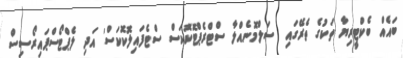
ބައެއް ބެކްޓީރިޔާ ތަކުގެ ތެރޭގައި  ސަލްމޮނެއްލާ ސްޓްރެޕްޓޮކޮކަސް ސްޓެފައިލޮކޮކަސް' އަދި ލެޕްޓޯސްޕައިރޯސިސް